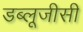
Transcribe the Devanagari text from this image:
डब्लूजीसी